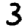
Digit: 3